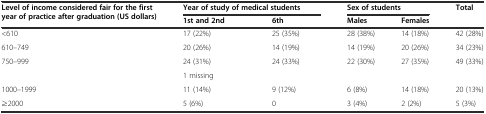
<table><thead><tr><td rowspan="2"><b>Level of income considered fair for the first year of practice after graduation (US dollars)</b></td><td colspan="2"><b>Year of study of medical students</b></td><td colspan="2"><b>Sex of students</b></td><td rowspan="2"><b>Total</b></td></tr><tr><td><b>1st and 2nd</b></td><td><b>6th</b></td><td><b>Males</b></td><td><b>Females</b></td></tr></thead><tbody><tr><td>&lt;610</td><td>17 (22%)</td><td>25 (35%)</td><td>28 (38%)</td><td>14 (18%)</td><td>42 (28%)</td></tr><tr><td>610–749</td><td>20 (26%)</td><td>14 (19%)</td><td>14 (19%)</td><td>20 (26%)</td><td>34 (23%)</td></tr><tr><td rowspan="2">750–999</td><td>24 (31%)</td><td>24 (33%)</td><td rowspan="2">22 (30%)</td><td rowspan="2">27 (35%)</td><td rowspan="2">49 (33%)</td></tr><tr><td colspan="2">1 missing</td></tr><tr><td>1000–1999</td><td>11 (14%)</td><td>9 (12%)</td><td>6 (8%)</td><td>14 (18%)</td><td>20 (13%)</td></tr><tr><td>≥2000</td><td>5 (6%)</td><td>0</td><td>3 (4%)</td><td>2 (2%)</td><td>5 (3%)</td></tr></tbody></table>